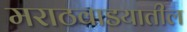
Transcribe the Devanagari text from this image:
मराठवाडयातील